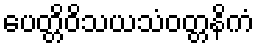
ပေတ္တိဝိသယသံဝတ္တနိကံ